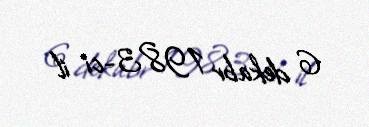
6 dekabr 1983-ci il